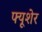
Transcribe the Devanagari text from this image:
फ्यूशेर